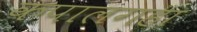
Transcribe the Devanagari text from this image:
कपालगहा